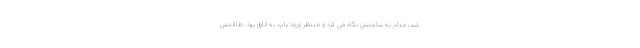
شد، مدام به ساعتش نگاه می کرد و منتظر ورود پاپ به اتاق بود. طاقتش